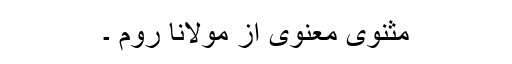
مثنوی معنوی از مولانا رومؒ ۔